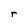
Character: r